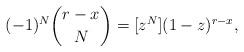
LaTeX: \begin{align*}(-1)^N \binom{r-x}{N}= [z^N] (1-z)^{r-x},\end{align*}